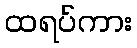
ထရပ်ကား